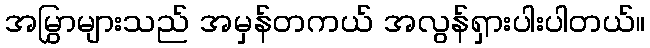
အမြွှာများသည် အမှန်တကယ် အလွန်ရှားပါးပါတယ်။